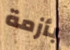
بأزمة